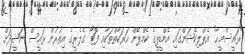
"ރައީސްމީހާ" އެޕްލިކޭޝަންގައި އެމްޑީޕީގެ ކެމްޕޭން ހަރަކާތްތަކާއި ފޮޓޯ ގެލެރީގެ އިތުރުން ރައީސް ނަޝީދަށް